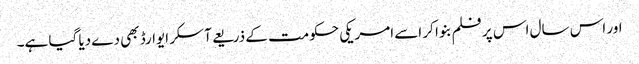
اور اس سال اس پر فلم بنوا کر اسے امریکی حکومت کے ذریعے آسکر ایوارڈ بھی دے دیا گیا ہے۔